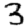
Digit: 3